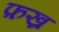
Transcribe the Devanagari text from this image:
फ़ख्र